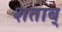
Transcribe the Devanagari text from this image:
शताब्